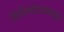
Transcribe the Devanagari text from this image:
विधिमंडळामध्‍ये